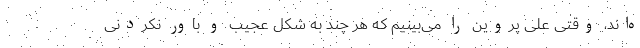
ه‌اند، وقتی علی پروین را می‌بینیم که هر چند به شکل عجیب و باور نکردنی